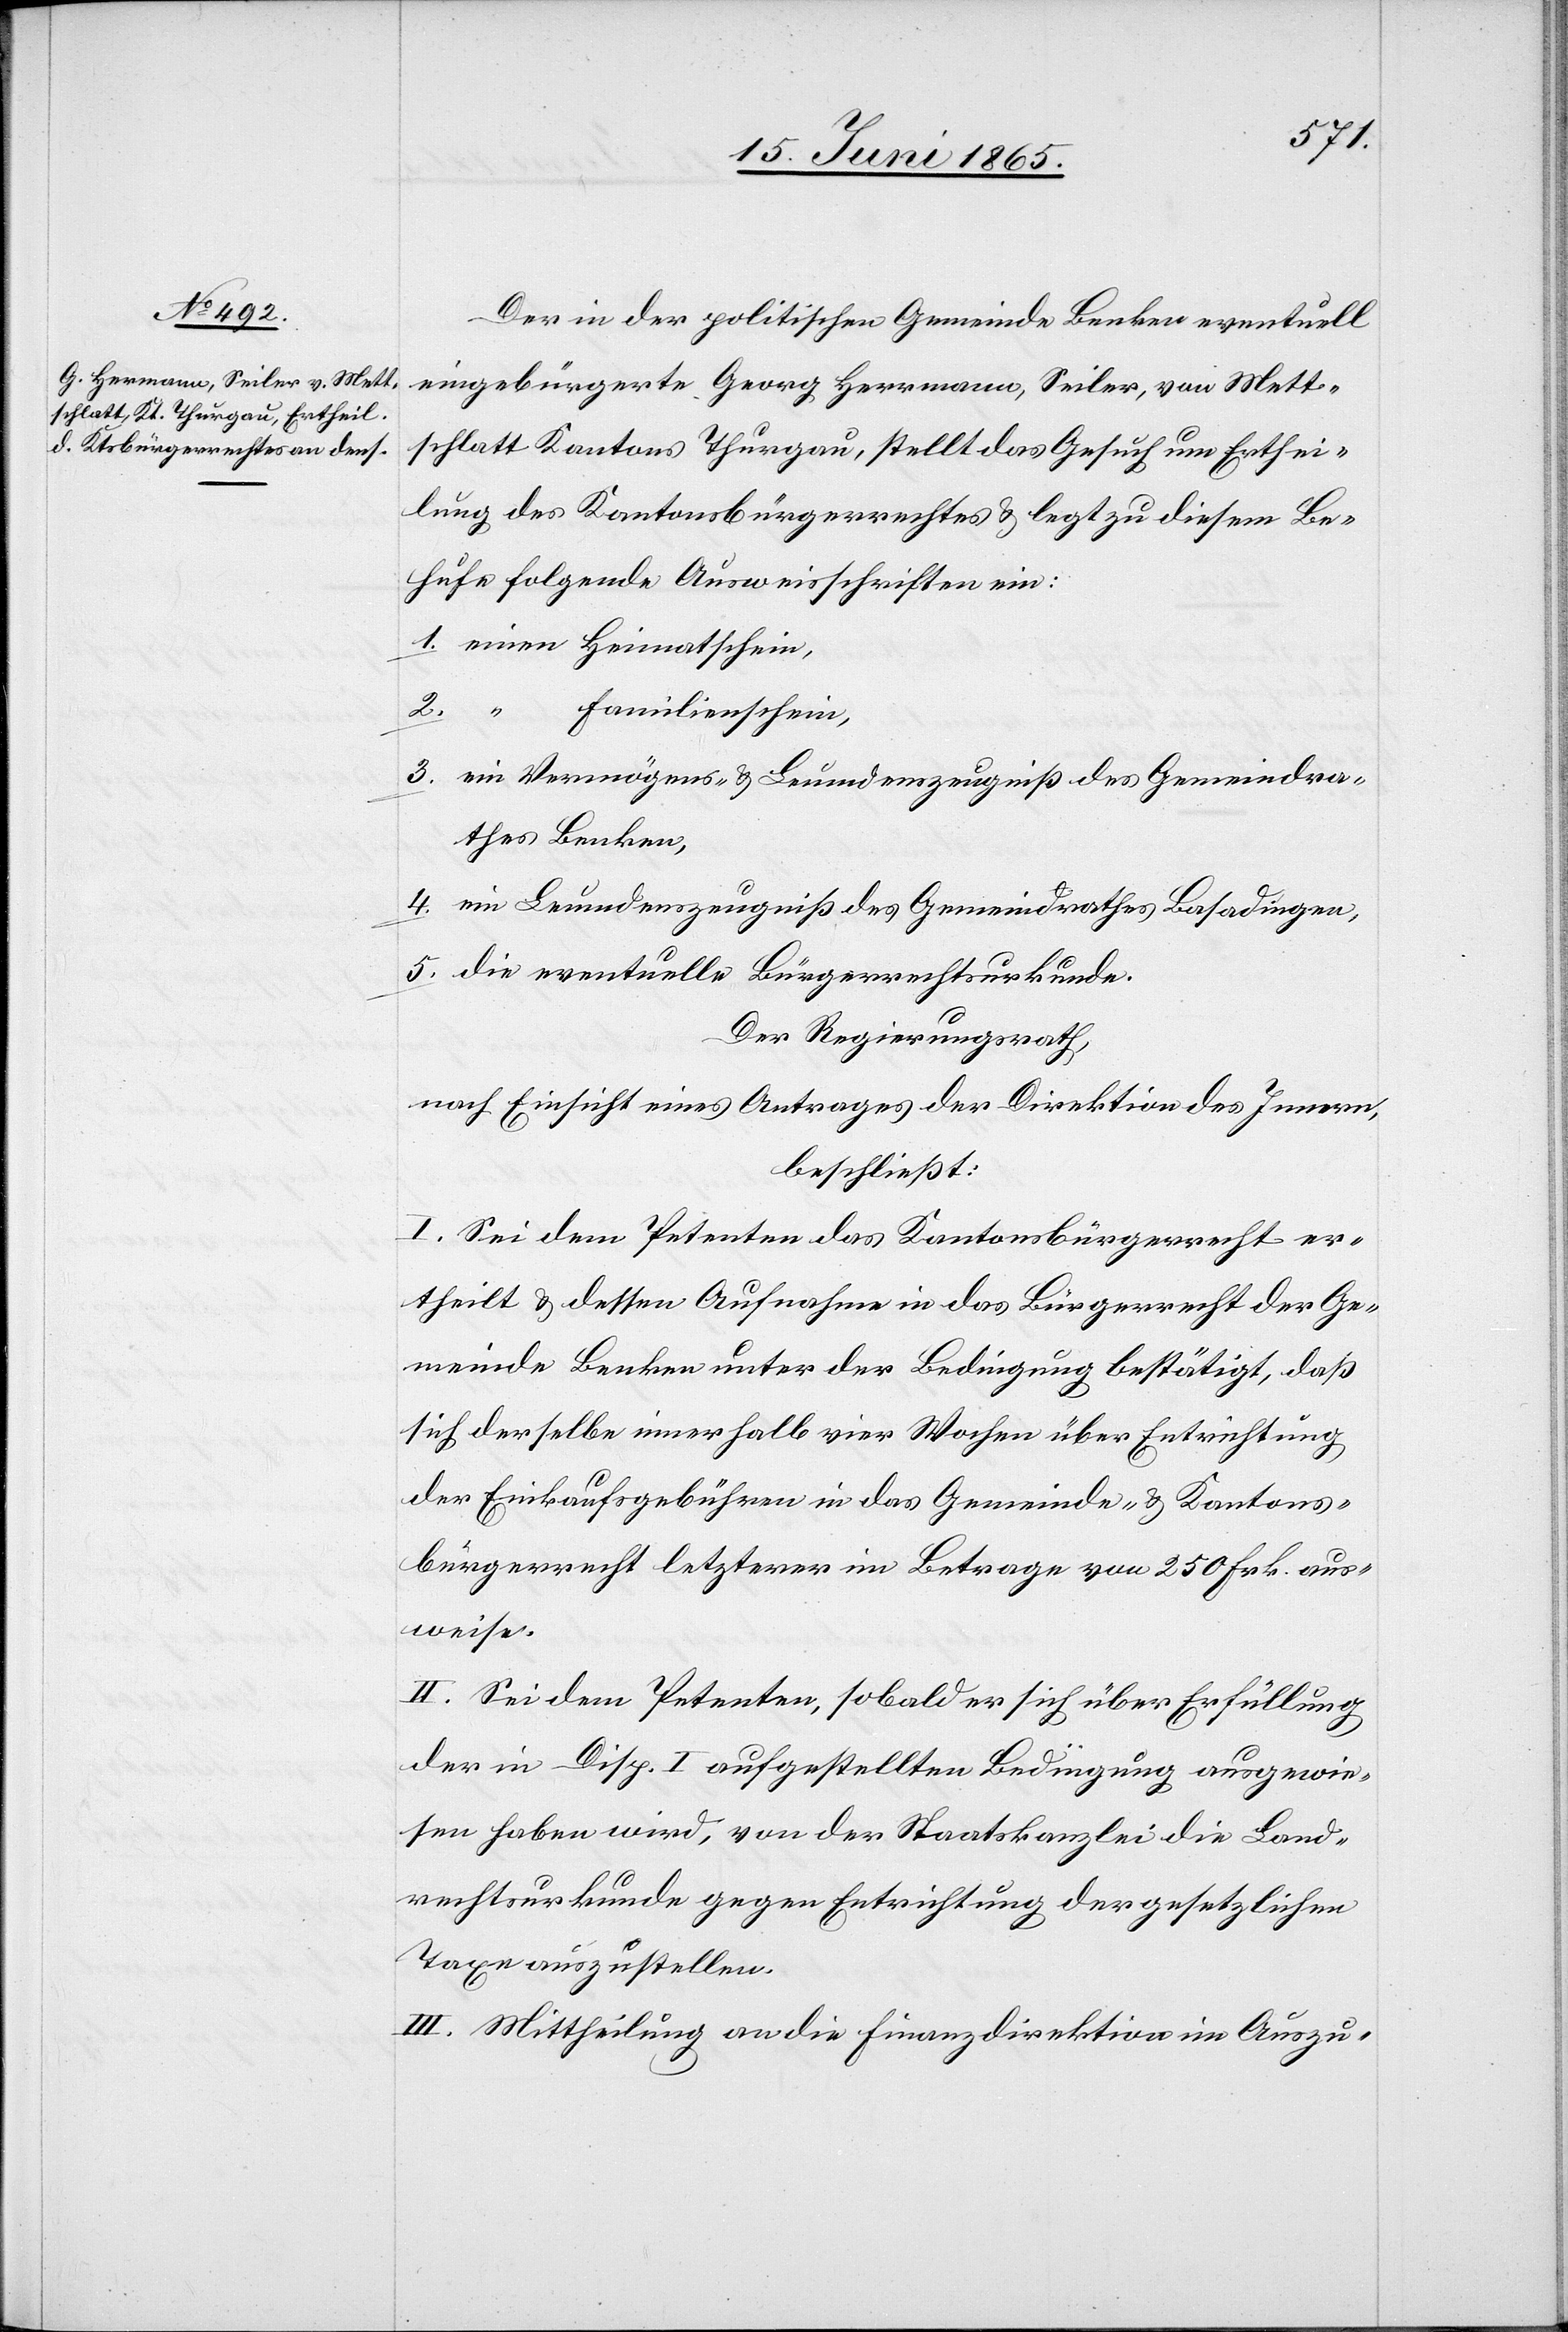
Der in der politischen Gemeinde Benken eventuell
eingebürgerte Georg Herrmann, Seiler, von Mett¬
schlatt Kantons Thurgau, stellt das Gesuch um Erthei¬
lung des Kantonsbürgerrechtes & legt zu diesem Be¬
hufe folgende Ausweisschriften ein:
1. einen Heimatschein,
2.
Familienschein,
3. ein Vermögens- & Leumdenszeugniß des Gemeindra¬
thes Benken,
4. ein Leumdenszeugniß des Gemeindrathes Basadingen,
5. die eventuelle Bürgerrechtsurkunde.
Der Regierungsrath,
nach Einsicht eines Antrages der Direktion des Innern,
beschließt:
I. Sei dem Petenten das Kantonsbürgerrecht er¬
theilt & dessen Aufnahme in das Bürgerrecht der Ge¬
meinde Benken unter der Bedingung bestätigt, daß
sich derselbe innerhalb vier Wochen über Entrichtung
der Einkaufsgebühren in das Gemeinde- & Kantons¬
bürgerrecht letzterer im Betrage von 250 Frk. aus¬
weise.
II. Sei dem Petenten, sobald er sich über Erfüllung
der in Disp. I aufgestellten Bedingung ausgewie¬
sen haben wird, von der Staatskanzlei die Land¬
rechtsurkunde gegen Entrichtung der gesetzlichen
Taxe auszustellen.
III. Mittheilung an die Finanzdirektion im Auszu-